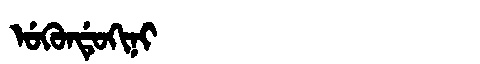
Manchu: ᡠᡴᡠᠨᡩᡠᡴᡳᠨᡳ
Romanization: UKUNDUKINI